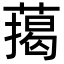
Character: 䔾